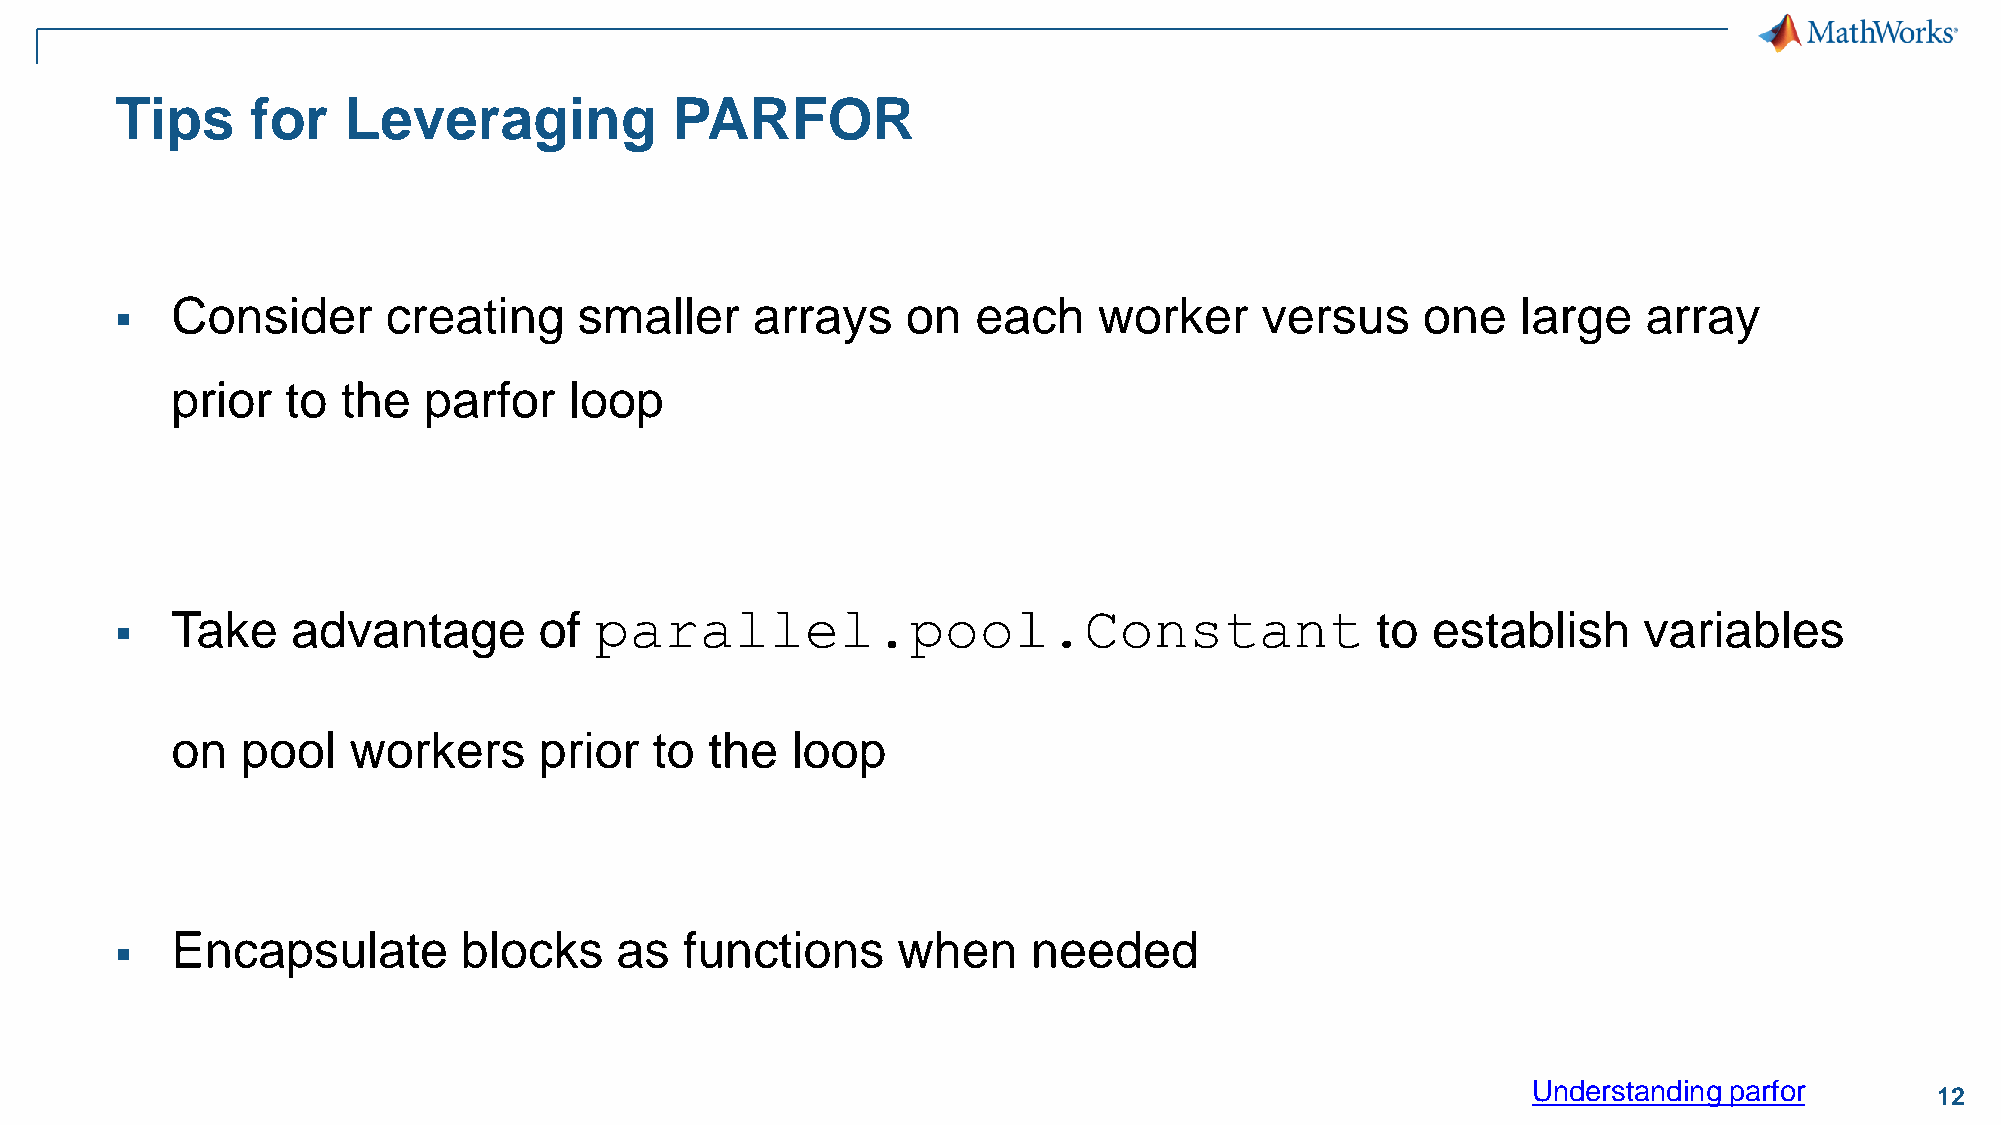
Tips     for   Leveraging           PARFOR
 Consider       creating    smaller     arrays    on   each    worker    versus     one    large   array
 ▪
 prior   to  the  parfor    loop
 parallel.pool.Constant
 Take    advantage        of                                                     to  establish     variables
 ▪
 on   pool   workers      prior  to  the  loop
 Encapsulate        blocks     as  functions     when     needed
 ▪
 Understanding parfor
 12